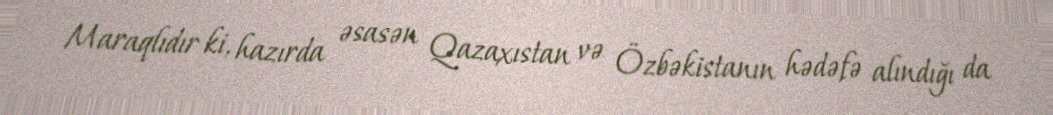
Maraqlıdır ki, hazırda əsasən Qazaxıstan və Özbəkistanın hədəfə alındığı da